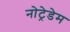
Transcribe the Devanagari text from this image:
नोट्रेडेम